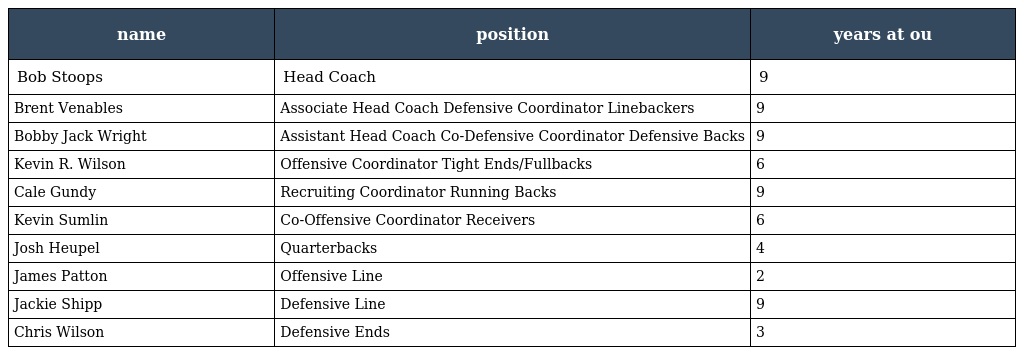
| name | position | years at ou |
 | --- | --- | --- |
 | Bob Stoops | Head Coach | 9 |
 | Brent Venables | Associate Head Coach Defensive Coordinator Linebackers | 9 |
 | Bobby Jack Wright | Assistant Head Coach Co-Defensive Coordinator Defensive Backs | 9 |
 | Kevin R. Wilson | Offensive Coordinator Tight Ends/Fullbacks | 6 |
 | Cale Gundy | Recruiting Coordinator Running Backs | 9 |
 | Kevin Sumlin | Co-Offensive Coordinator Receivers | 6 |
 | Josh Heupel | Quarterbacks | 4 |
 | James Patton | Offensive Line | 2 |
 | Jackie Shipp | Defensive Line | 9 |
 | Chris Wilson | Defensive Ends | 3 |